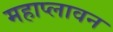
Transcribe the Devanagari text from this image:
महाप्लावन